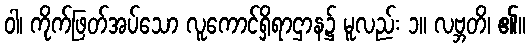
ဝါ၊ ကိုက်ဖြတ်အပ်သော လူကောင်ရှိရာဌာန၌ မူလည်း ၁။ လဗ္ဘတိ၊ ၏။